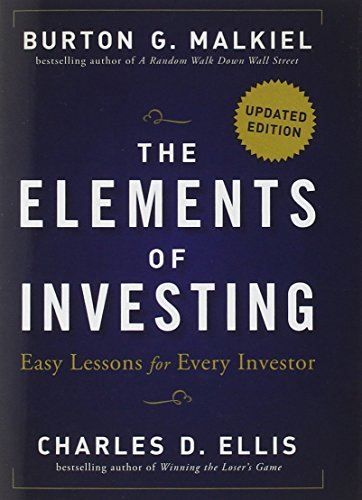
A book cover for The Elements of Investing: Easy Lessons for Every Investor; Burton G. Malkiel; Business & Money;